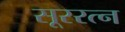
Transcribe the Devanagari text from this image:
सूररत्‍न